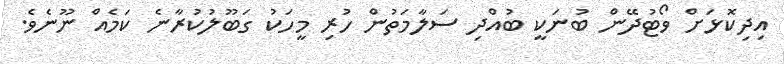
އިދިކޮޅަށް ވޯޓުދޭން ބުނަކީ ބުއްދި ސަލާމަތުން ހުރި މީހަކު ގަބޫލުކުރާނެ ކަމެއް ނޫނެވެ.